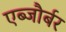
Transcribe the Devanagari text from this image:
एब्जौर्बर